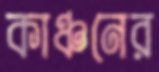
কাঞ্চনের